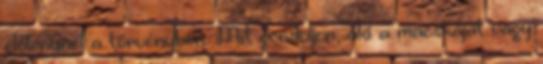
élőlénynél a törvényben. Mit gondoljon, aki a macskáját vagy